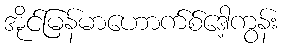
အိုင်မြန်မာဟောက်စ်ဒေါ့ကွန်း